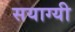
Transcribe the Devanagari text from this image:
सयाग्यी